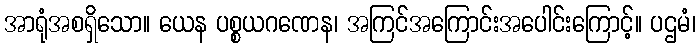
အာရုံအစရှိသော။ ယေန ပစ္စယဂဏေန၊ အကြင်အကြောင်းအပေါင်းကြောင့်။ ပဌမံ၊